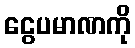
ငွေပမာဏကို